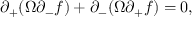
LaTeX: \partial _ { + } ( \Omega \partial _ { - } f ) + \partial _ { - } ( \Omega \partial _ { + } f ) = 0 ,